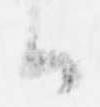
候